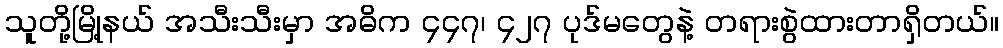
သူတို့မြို့နယ် အသီးသီးမှာ အဓိက ၄၄၇၊ ၄၂၇ ပုဒ်မတွေနဲ့ တရားစွဲထားတာရှိတယ်။